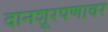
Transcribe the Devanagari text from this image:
दानशूरपणावर